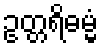
ဥတ္တရိဓမ္မံ